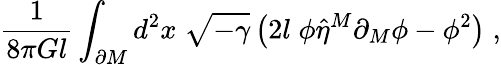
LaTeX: \frac{1}{8\pi Gl}\int_{\partial M}d^{2}x\; \sqrt{-\gamma}\left(2l\; \phi\hat{\eta}^{M}\partial_{M}\phi-\phi^{2}\right)\; ,